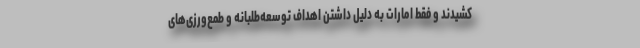
کشیدند و فقط امارات به دلیل داشتن اهداف توسعه‌طلبانه و طمع‌ورزی‌های